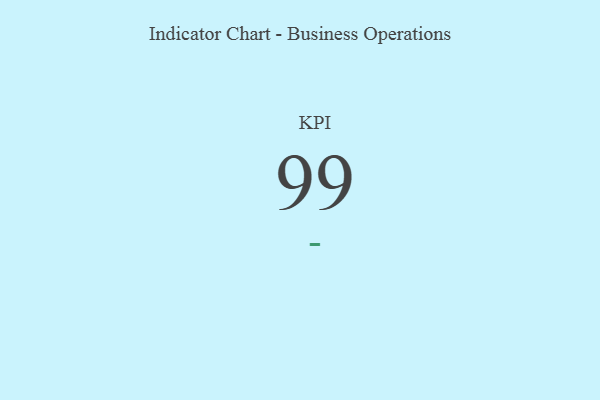
{"axis": {"x": "KPI", "y": "Value"}, "legend": [""], "data": [{"x": "KPI", "y": 99, "type": ""}]}